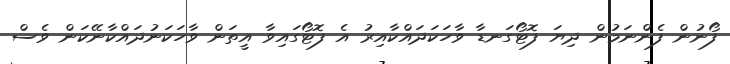
ފޯނުން ފެންނަމުން ދިޔަ ފޮޓޯގަނޑާ ވާހަކަދައްކާއިރު އެ ފޮޓޯގައިވާ އީތަން ވާހަކަނުދައްކާނޭކަން ވެސް